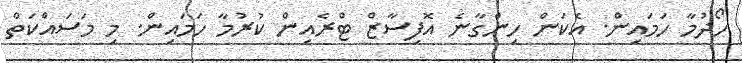
ހޯދުމާ ހަމައިން. އެކަން ހިންގާނެ އޮފިސާޒް ޓްރެއިން ކުރުމާ ހަމައިން. މި މަސައްކަތް